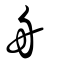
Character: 舟